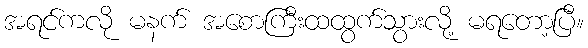
အရင်ကလို မနက် အစောကြီးထထွက်သွားလို့ မရတော့ပြီ။